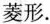
菱形.